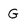
Character: G